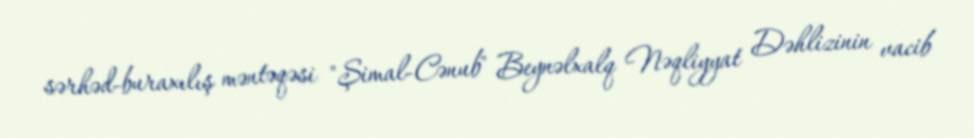
sərhəd-buraxılış məntəqəsi "Şimal-Cənub" Beynəlxalq Nəqliyyat Dəhlizinin vacib